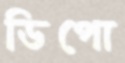
ডিপো